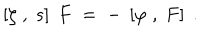
\left[ \zeta \; , \; s \right] \; F \; = \; - \; \left[ \varphi \; , \; F \right] \; .